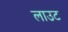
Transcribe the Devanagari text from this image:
लाउट